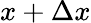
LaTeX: x+\Delta x